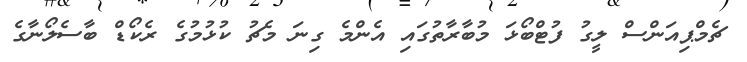
ޗެމްޕިއަންސް ލީގު ފުޓްބޯޅަ މުބާރާތުގައި އެންމެ ގިނަ މެޗު ކުޅުމުގެ ރެކޯޑް ބާސެލޯނާގެ